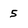
Character: 5